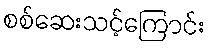
စစ်ဆေးသင့်ကြောင်း